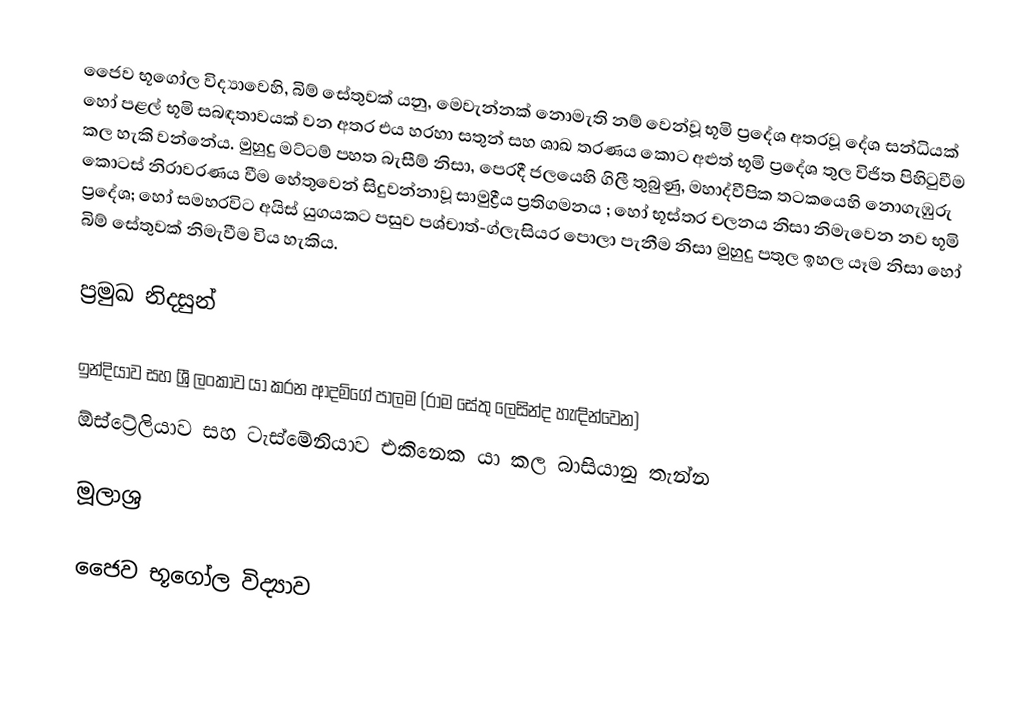
ජෛව භූගෝල විද්‍යාවෙහි, බිම් සේතුවක් යනු, මෙවැන්නක් නොමැති නම් වෙන්වූ භූමි ප්‍රදේශ අතරවූ දේශ සන්ධියක් හෝ පළල් භූමි සබඳතාවයක් වන අතර එය හරහා සතුන් සහ ශාඛ තරණය කොට අළුත් භූමි ප්‍රදේශ තුල  විජිත පිහිටුවීම කල හැකි වන්නේය. මුහුදු මට්ටම් පහත බැසීම් නිසා, පෙරදී ජලයෙහි ගිලී තුබුණු,  මහාද්වීපික තටකයෙහි නොගැඹුරු කොටස් නිරාවරණය වීම හේතුවෙන් සිදුවන්නාවූ සාමුද්‍රීය ප්‍රතිගමනය ; හෝ භූස්තර චලනය නිසා නිමැවෙන නව භූමි ප්‍රදේශ; හෝ සමහරවිට අයිස් යුගයකට පසුව පශ්චාත්-ග්ලැසියර පොලා පැනීම නිසා මුහුදු පතුල ඉහල යෑම නිසා හෝ බිම් සේතුවක් නිමැවීම විය හැකිය.

ප්‍රමුඛ නිදසුන්

 ඉන්දියාව සහ ශ්‍රී ලංකාව යා කරන ආදම්ගේ පාලම (රාම සේතු ලෙසින්ද හැඳින්වෙන)
 ඕස්ට්‍රේලියාව සහ ටැස්මේනියාව එකිනෙක යා කල බාසියානු තැන්න

මූලාශ්‍ර

ජෛව භූගෝල විද්‍යාව